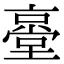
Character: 㙶